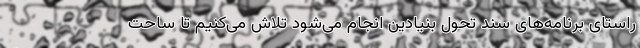
راستای برنامه‌های سند تحول بنیادین انجام می‌شود تلاش می‌کنیم تا ساحت